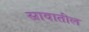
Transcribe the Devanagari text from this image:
स्रावातील